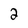
Character: 2